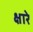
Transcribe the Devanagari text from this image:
क्षारे